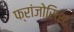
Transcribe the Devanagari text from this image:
फ्रांजोसिश